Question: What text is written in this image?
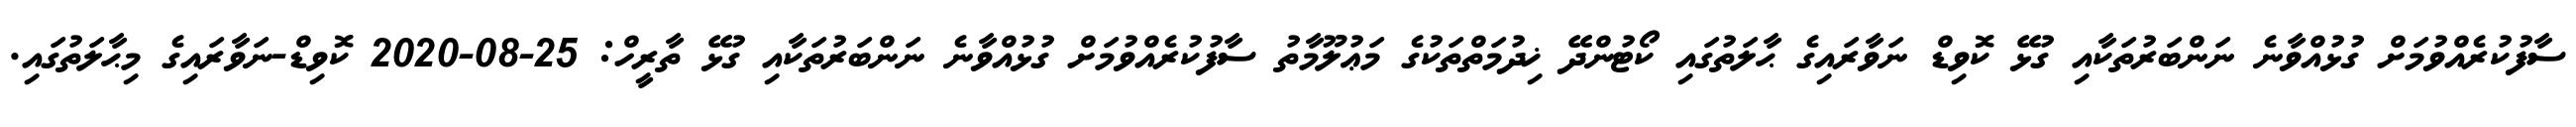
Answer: ސާފުކުރެއްވުމަށް ގުޅުއްވާނެ ނަންބަރުތަކާއި ގުޅޭ ކޮވިޑް ނަވާރައިގެ ޙާލަތުގައި ކޯޓުންދޭ ޚިދުމަތްތަކުގެ މަޢުލޫމާތު ސާފުކުރެއްވުމަށް ގުޅުއްވާނެ ނަންބަރުތަކާއި ގުޅޭ ތާރީހް: 25-08-2020 ކޮވިޑް-ނަވާރައިގެ މިޙާލަތުގައި.